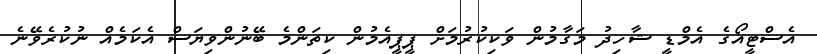
އެސްޓީއޯގެ އެމްޑީ ޝާހިދު މަގާމުން ވަކިކުރުމަށް ޕީޕީއެމުން ކިތަންމެ ބޭނުންވިޔަސް އެކަމެއް ނުކުރެވޭނެ